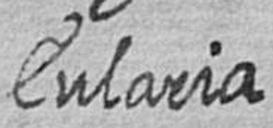
Eularia